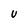
Character: U